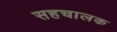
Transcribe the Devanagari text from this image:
सहचालक